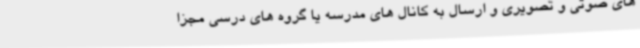
های صوتی و تصویری و ارسال به کانال های مدرسه یا گروه های درسی مجزا